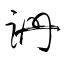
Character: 跚